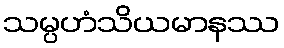
သမ္ပဟံသိယမာနဿ